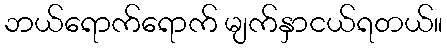
ဘယ်ရောက်ရောက် မျက်နှာငယ်ရတယ်။